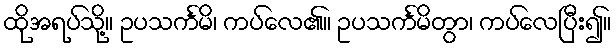
ထိုအရပ်သို့။ ဥပသင်္ကမိ၊ ကပ်လေ၏။ ဥပသင်္ကမိတွာ၊ ကပ်လေပြီး၍။